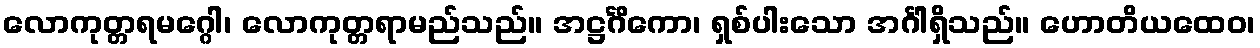
လောကုတ္တရမဂ္ဂေါ၊ လောကုတ္တရာမည်သည်။ အဋ္ဌင်္ဂိကော၊ ရှစ်ပါးသော အင်္ဂါရှိသည်။ ဟောတိယထေဝ၊